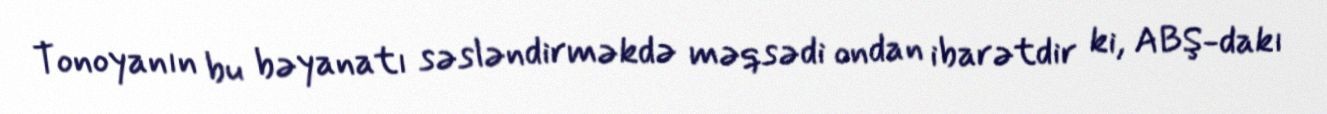
Tonoyanın bu bəyanatı səsləndirməkdə məqsədi ondan ibarətdir ki, ABŞ-dakı